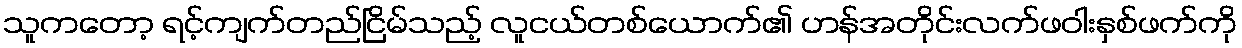
သူကတော့ ရင့်ကျက်တည်ငြိမ်သည့် လူငယ်တစ်ယောက်၏ ဟန်အတိုင်းလက်ဖဝါးနှစ်ဖက်ကို